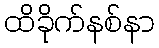
ထိခိုက်နစ်နာ